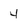
Character: 4